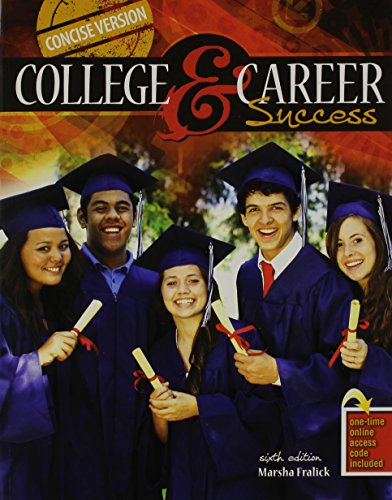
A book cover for College and Career Success Concise Version - PAK; FRALICK  MARSHA; Test Preparation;